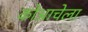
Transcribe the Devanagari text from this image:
कोआचेला